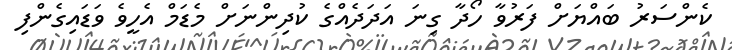
ކެންސަރު ބައްޔަށް ފަރުވާ ހޯދާ ގިނަ އަދަދެއްގެ ކުދިންނަށް މެޑަމް އެހީވެ ވަޑައިގެންފި